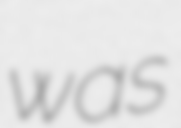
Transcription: was